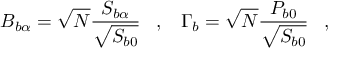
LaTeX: B _ { b \alpha } = \sqrt { N } \frac { S _ { b \alpha } } { \sqrt { S _ { b 0 } } } \; \; \; , \; \; \; \Gamma _ { b } = \sqrt { N } \frac { P _ { b 0 } } { \sqrt { S _ { b 0 } } } \; \; \; ,